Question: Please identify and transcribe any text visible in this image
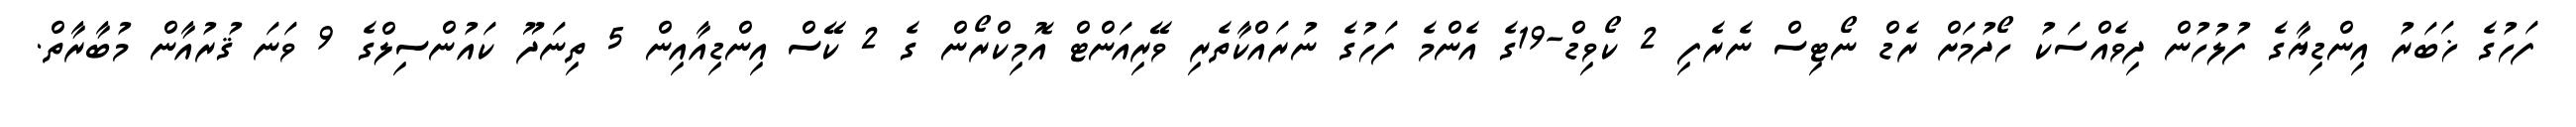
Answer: ފަހުގެ ޚަބަރު އިންޑިޔާގެ ފުލުހުން ދިވެއްސަކު ހޯދުމަށް ރެޑް ނޯޓިސް ނެރެފި 2 ކޯވިޑް-19ގެ އެންމެ ފަހުގެ ނުރައްކާތެރި ވޭރިއަންޓް އޮމިކްރޯން ގެ 2 ކޭސް އިންޑިއާއިން 5 ތިނަދޫ ކައުންސިލްގެ 9 ވަނަ ޤުރުއާން މުބާރާތް.